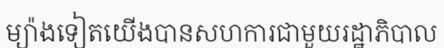
ម្យ៉ាងទៀតយើងបានសហការជាមួយរដ្ឋាភិបាល